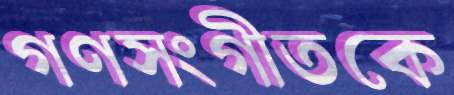
গণসংগীতকে